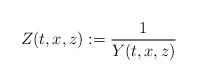
LaTeX: \begin{align*}Z(t,x,z):=\frac{1}{Y(t,x,z)}\end{align*}